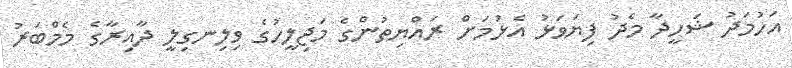
އަހުމަދު ޝަހީދާ މެދު ފިޔަވަޅު އެޅުމަށް ރައްޔިތުންގެ މަޖިލީހުގެ ވިލިނގިލީ ދާއިރާގެ މެމްބަރު